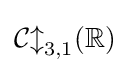
{\mathcal {Cl}}_{3,1}(\mathbb {R} )